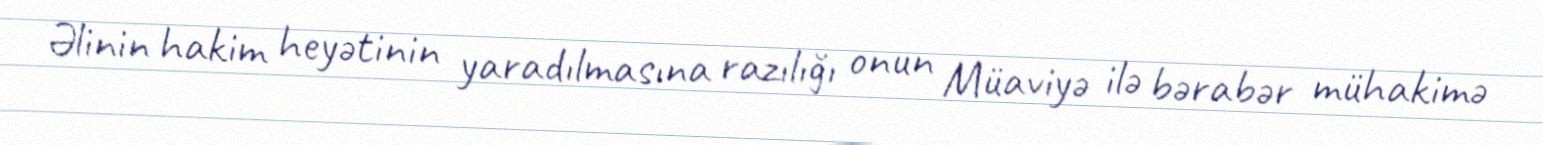
Əlinin hakim heyətinin yaradılmasına razılığı onun Müaviyə ilə bərabər mühakimə